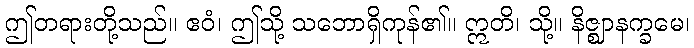
ဤတရားတို့သည်။ ဧဝံ၊ ဤသို့ သဘောရှိကုန်၏။ ဣတိ၊ သို့။ နိဇ္ဈာနက္ခမေ၊